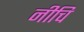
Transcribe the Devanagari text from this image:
नीचि